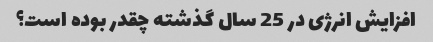
افزایش انرژی در 25 سال گذشته چقدر بوده است؟